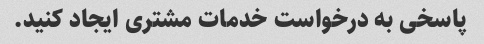
پاسخی به درخواست خدمات مشتری ایجاد کنید.